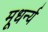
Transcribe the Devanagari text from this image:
मूधर्न्य